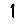
Digit: 1